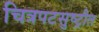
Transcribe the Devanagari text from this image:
चित्रपटसुष्ट्रीत